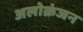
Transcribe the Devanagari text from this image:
अलोक्रंजन